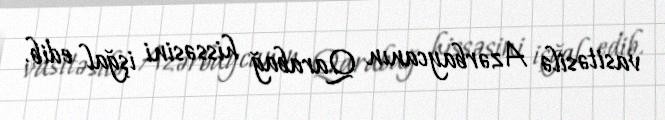
vasitəsilə Azərbaycanın Qarabağ hissəsini işğal edib.